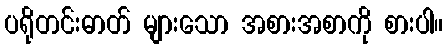
ပရိုတင်းဓာတ် များသော အစားအစာကို စားပါ။